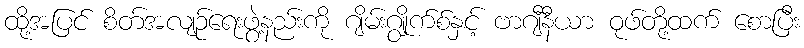
ထို့အပြင် စိတ်အလျဉ်ရေးဖွဲ့နည်းကို ဂျိမ်းဂျွိုက်စ်နှင့် ဗာဂျီနီယာ ဝုဖ်တို့ထက် စောပြီး